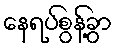
နေရပ်စွန့်ခွာ